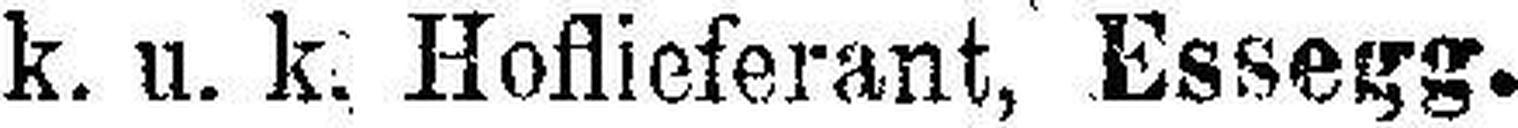
k. u. k. Hoflieferant, Essegg.